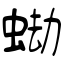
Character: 蜐